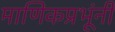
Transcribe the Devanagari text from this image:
माणिकप्रभूंनी